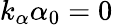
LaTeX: k_{\alpha}\alpha_{0}=0